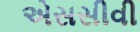
એસસીવી